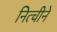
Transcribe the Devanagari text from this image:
नित्चीने